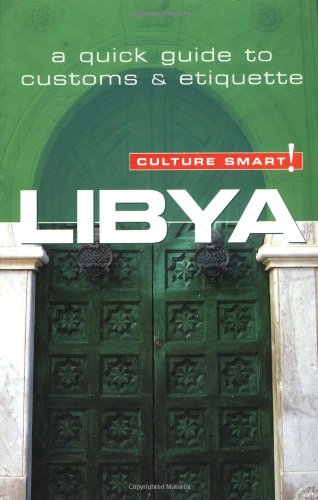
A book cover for Libya - Culture Smart!: a quick guide to customs & etiquette; Roger Jones; Travel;